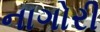
નાગોરી